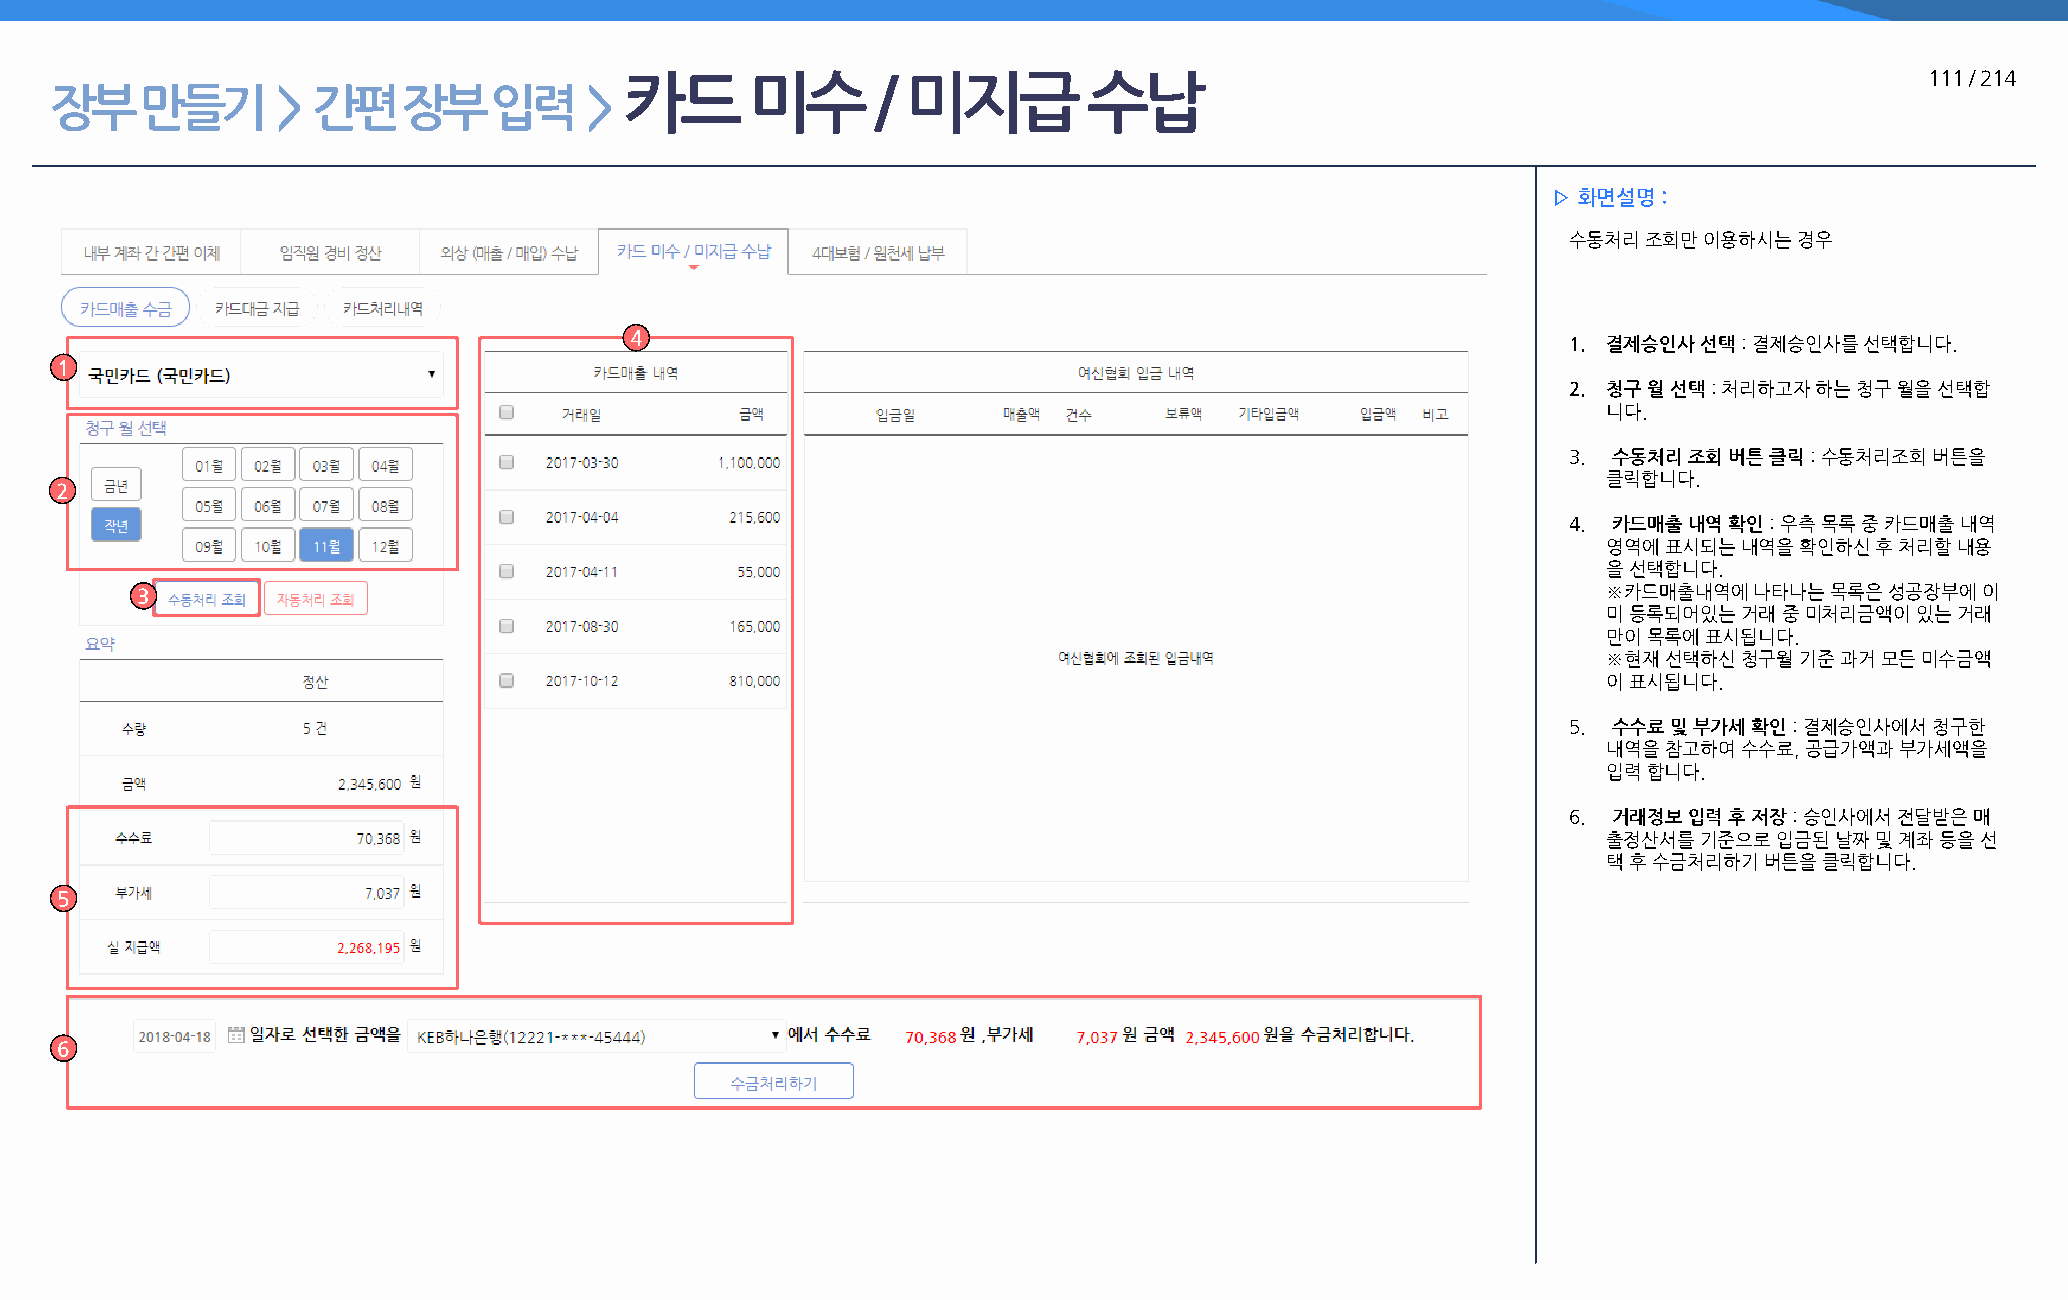
카드       미수      / 미지급         수납                                                      111 / 214
 장부    만들기      >  간편    장부   입력     >
 ▷ 화면설명 :
 수동처리 조회만 이용하시는 경우
 4
 1. 결제승인사 선택 : 결제승인사를 선택합니다.
 1
 2. 청구 월 선택 : 처리하고자 하는 청구 월을 선택합
 니다.
 3. 수동처리 조회 버튼 클릭 : 수동처리조회 버튼을
 클릭합니다.
 2
 4. 카드매출 내역 확인 : 우측 목록 중 카드매출 내역
 영역에 표시되는 내역을 확인하신 후 처리할 내용
 을 선택합니다.
 3                                                                                                ※카드매출내역에  나타나는 목록은 성공장부에 이
 미 등록되어있는 거래 중 미처리금액이 있는 거래
 만이 목록에 표시됩니다.
 ※현재 선택하신 청구월 기준 과거 모든 미수금액
 이 표시됩니다.
 5. 수수료 및 부가세 확인 : 결제승인사에서 청구한
 내역을 참고하여 수수료, 공급가액과 부가세액을
 입력 합니다.
 6. 거래정보 입력 후 저장 : 승인사에서 전달받은 매
 출정산서를  기준으로 입금된 날짜 및 계좌 등을 선
 택 후 수금처리하기 버튼을 클릭합니다.
 5
 6